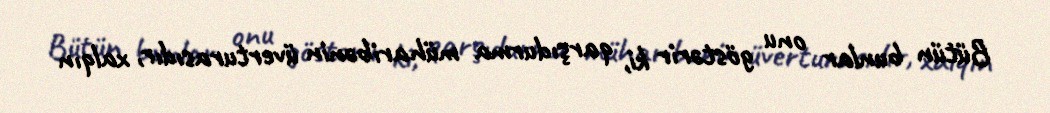
Bütün bunlar onu göstərir ki, qarşıdurma müharibənin üverturasıdır, xalqın